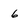
Character: 6